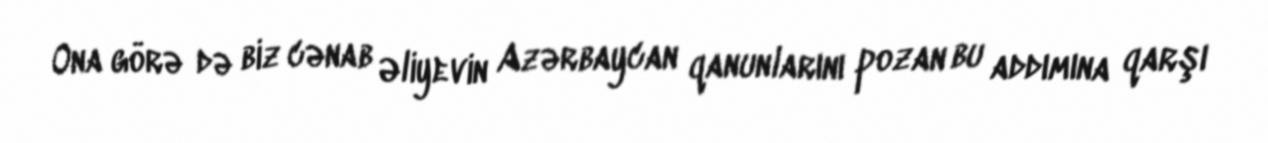
Ona görə də biz cənab Əliyevin Azərbaycan qanunlarını pozan bu addımına qarşı